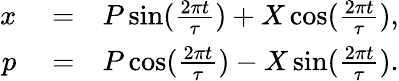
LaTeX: \begin{array}{rlr}{x}&{{}=}&{P\sin(\frac{2\pi t}{\tau})+X\cos(\frac{2\pi t}{\tau}),}\\ {p}&{{}=}&{P\cos(\frac{2\pi t}{\tau})-X\sin(\frac{2\pi t}{\tau}).}\end{array}